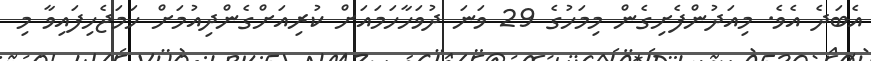
އެބަދެ އެވެ. މިއަދުންފެށިގެން މިމަހުގެ 29 ވަނަ ދުވަހާހަމައަށް ކުރިއަށްގެންދިއުމަށް ހަމަޖެހިފައިވާ މި